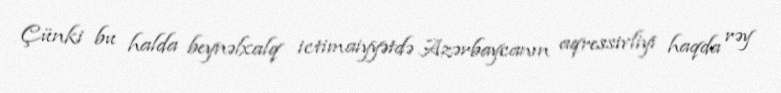
Çünki bu halda beynəlxalq ictimaiyyətdə Azərbaycanın aqressivliyi haqda rəy